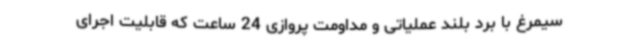
سیمرغ با برد بلند عملیاتی و مداومت پروازی 24 ساعت که قابلیت اجرای